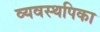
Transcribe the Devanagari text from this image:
व्यवस्थपिका